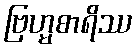
ဗြဟ္မစာရိဿ